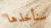
سنأخذها